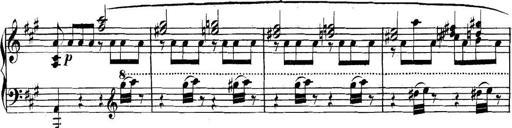
Title: Collected Piano Sonatas
Composer: Muzio Clementi